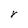
Character: r